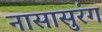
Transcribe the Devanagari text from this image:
नासासुरंग